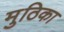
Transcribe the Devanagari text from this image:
मुठिका